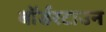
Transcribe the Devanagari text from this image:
बॉर्डरटाउन